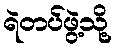
ရဲတပ်ဖွဲ့သို့